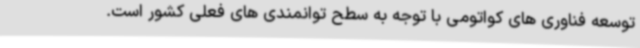
توسعه فناوری های کواتومی با توجه به سطح توانمندی های فعلی کشور است.